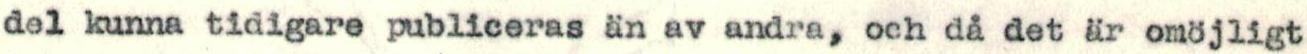
del kunna tidigare publiceras än av andra, och då det är omöjligt